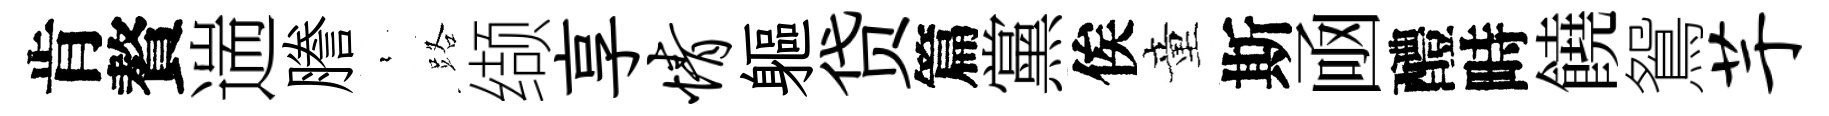
肯贅遄謄裊路缬享情軀贷篇黨俟童斯凾醴畤饒鴛芋